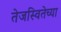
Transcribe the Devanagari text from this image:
तेजस्वितेच्या